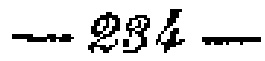
$- 234 -$